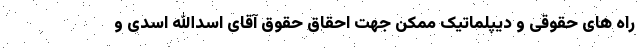
راه های حقوقی و دیپلماتیک ممکن جهت احقاق حقوق آقای اسدالله اسدی و